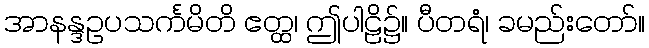
အာနန္ဒဥပသင်္ကမိတိ ဧတ္ထ၊ ဤပါဠိ၌။ ပီတရံ၊ ခမည်းတော်။